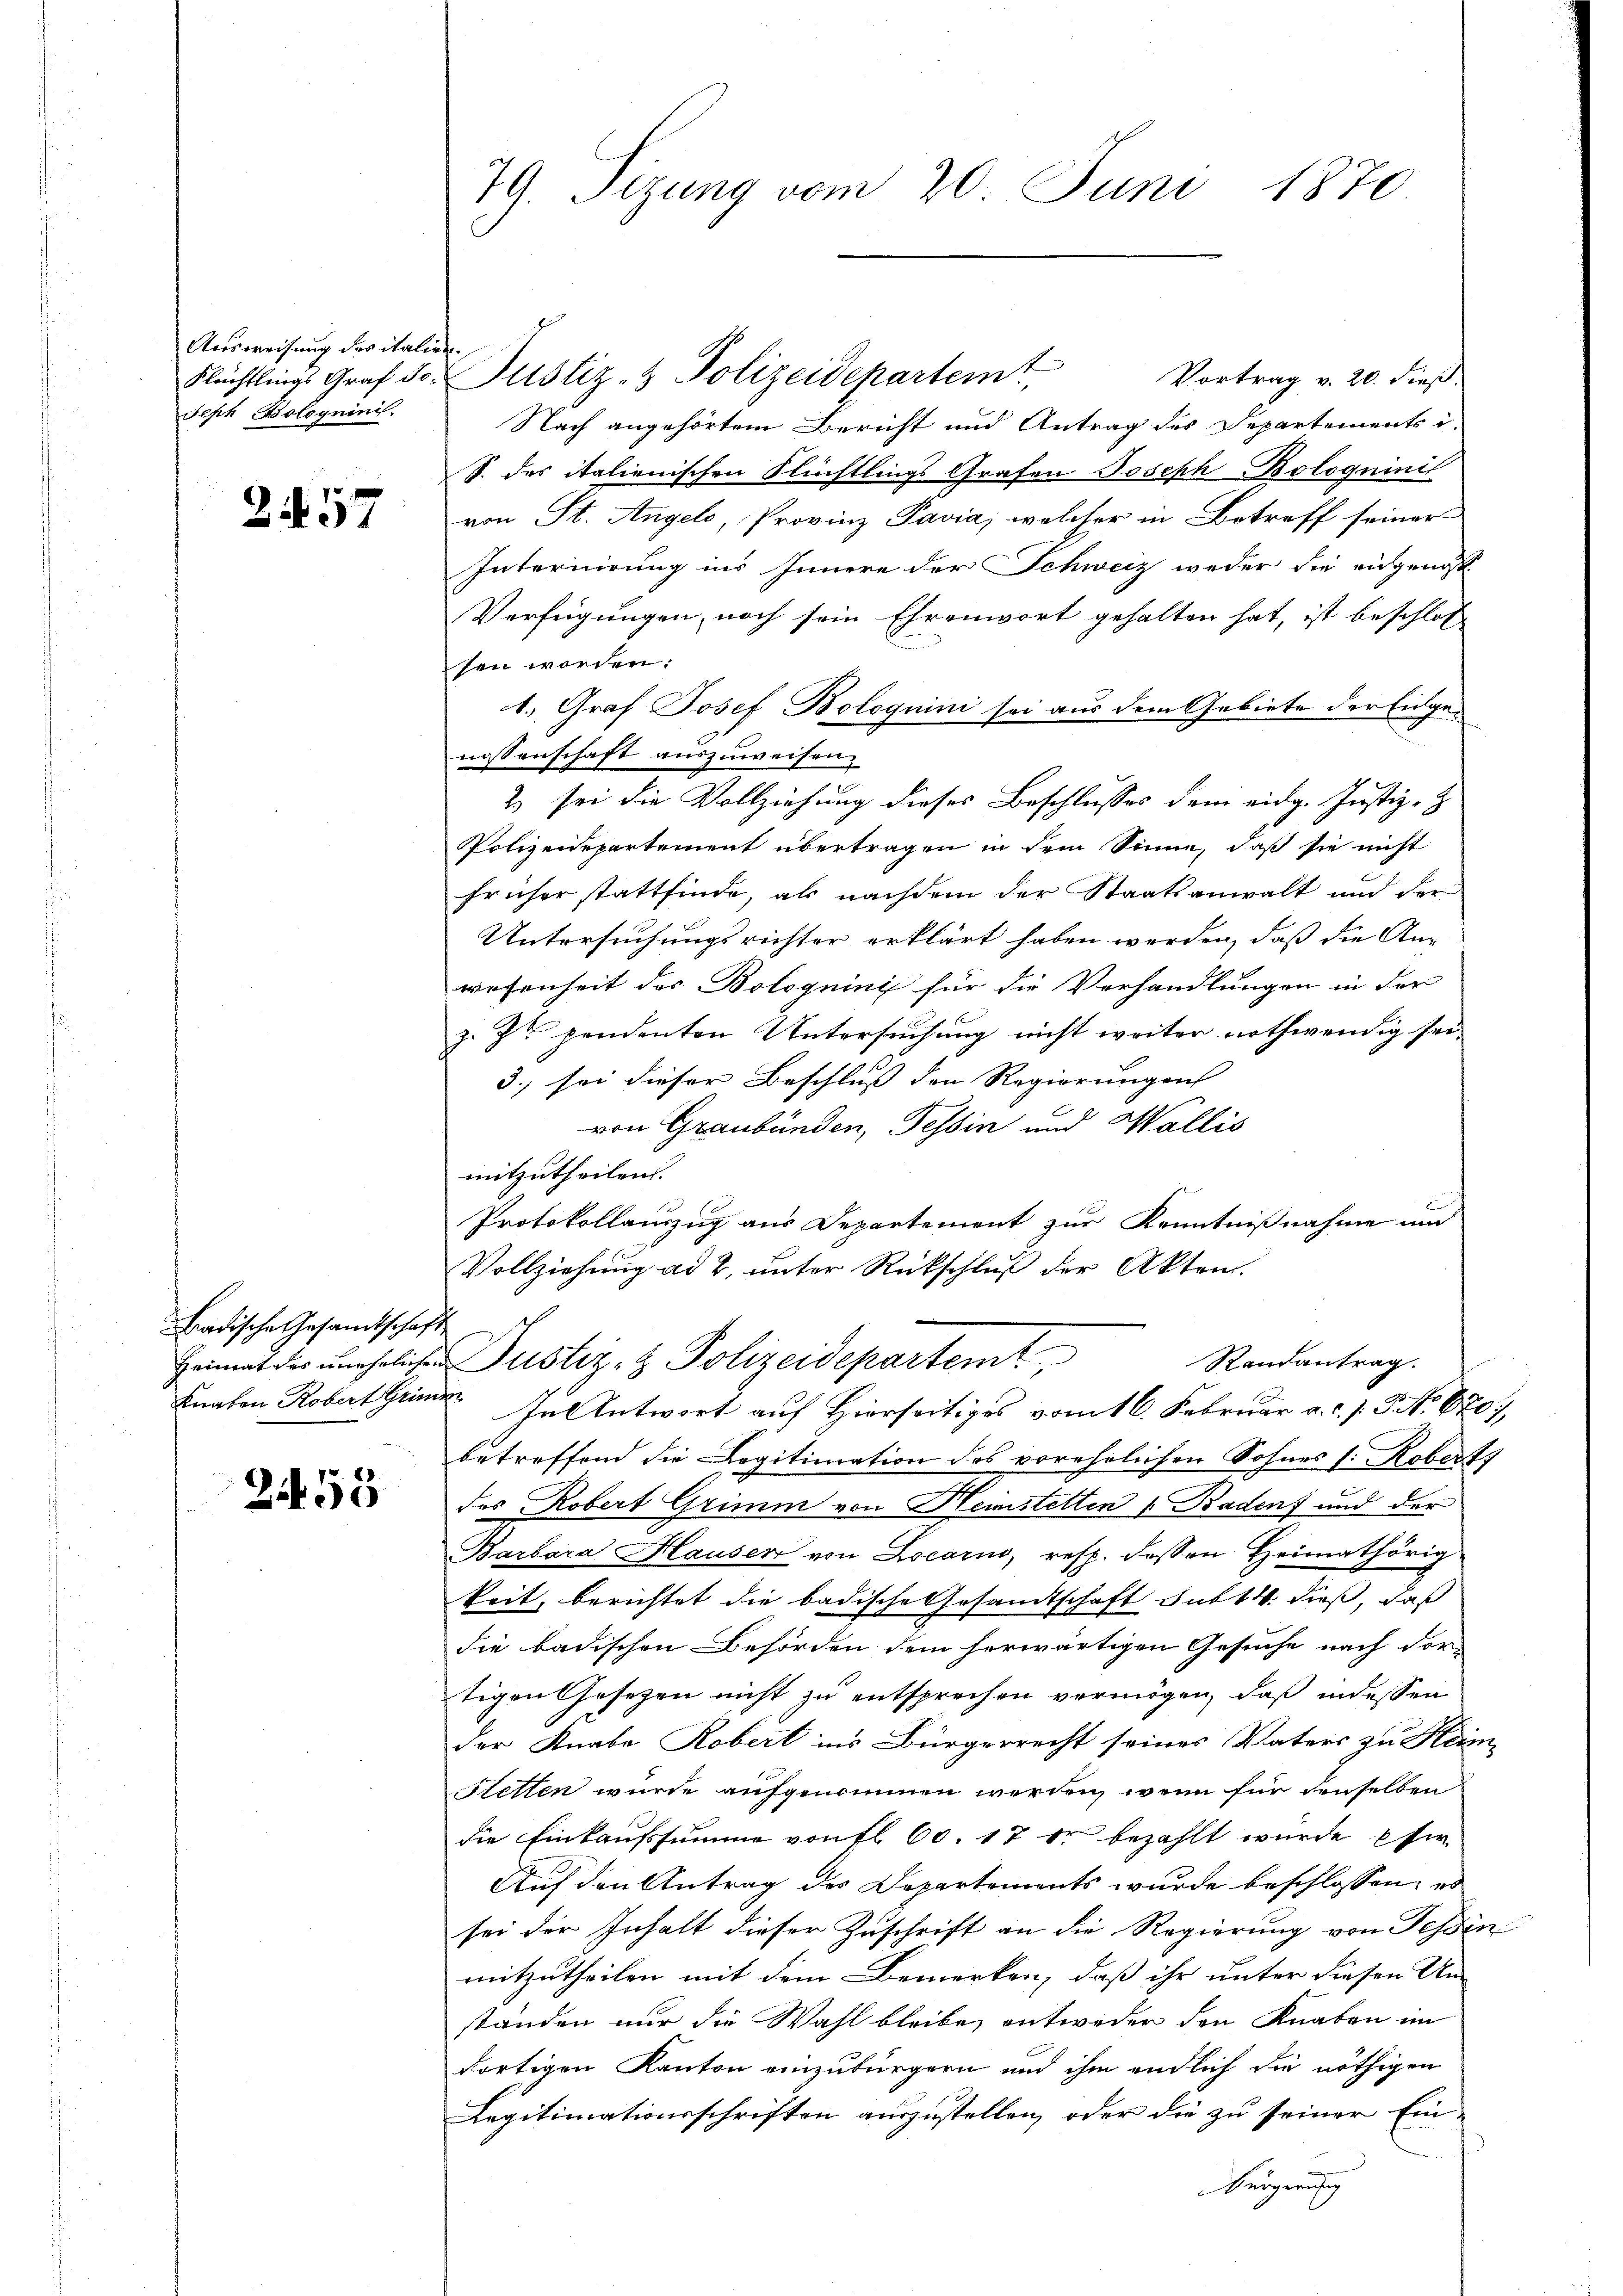
Ausweisung des italie
Flüchtlings Graf Jo-
Seph Bologuinis.

2457

Badische Gesandtschaft
Heimat des unehelichen
Knaten Robert Grimm

2455

79. Sizung vom 20. Juni 1870

¬
Justiz- & Polizeidepartemt
Vortrag v. 20. dieß.
Nach angehörtem Bericht und Antrag des Departements i
S. das italienischen Flüchtlings Grafen Joseph Bologuinis
von St. Angel, Provinz Pavia, welcher in Betreff seiner
Internirung ins Innere der Schweiz weder die eidgenoss
Verfügungen, noch sein Ehrenwort gehalten hat, ist beschlos
sen worden:
1. Graf Josef Bologuini sei aus dem Gebiete der Eidgenossenschaft auszuweisen.
2) sei die Vollziehung dieses Beschlusses dem eidg. Justiz-
Polizeidepartement übertragen in dem Sinne, daß sie nicht
früher stattfinde, als nachdem der Staatsanwalt und der
Untersuchungsrichter erklärt haben werden, daß die Anwesenheit der Bolognini für die Verhandlungen in der
z. Zt. pendenten Untersuchung nicht weiter nothwendig sei
3.) sei dieser Beschluß den Regierungen
von Graubünden, Tessin und Wallis
mitzutheilen.
Protokollauszug aus Departement zur Kenntnißnahme und
Vollziehŭng ad 2, ŭnter Rückschlŭβ der Akten.
Randantrag.
Justiz- & Polizeidepartemt
? In Antwort auf Hierseitiges vom 16. Februar a.c. s. 3. No. 670.
betreffend die Legitimation des vorehelichen Sohnes s. Robert
das Robert Grimm von Heimstetten Badenf und der
Barbara Hausen von Locarno, resp. dessen Heimathörig
keit, berichtet die badische Gesandtschaft sub 14. dieß, daß
die badischen Behörden dem herwärtigen Gesuche nach dortigen Gesetzen nicht zu entsprechen vermögen, daß indessen
der Knabe Robert in’s Bürgerrecht seines Vaters zu Heim
Stetten wurde aufgenommen werden, wenn für denselben
die Einkaufsumme von fl. 60. 17 er bezahlt wurde si
Auf den Antrag des Departements wurde beschlossen, es
sei der Inhalt dieser Zuschrift an die Regierung von Tessin
mitzutheilen mit dem Bemerken, daß ihr unter diesen Um-
standen nur die Wahl bleibe, entweder den Knaben im
dortigen Kanton einzubürgern und ihm endlich sie nöthigen
Legitimationsschriften auszustellen, oder die zu seiner Ein-
Bürgerung